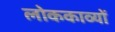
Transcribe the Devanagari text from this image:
लोककाव्यों